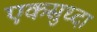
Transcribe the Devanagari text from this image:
एकसुध्दा